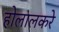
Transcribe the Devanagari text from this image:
होलालकरे